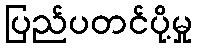
ပြည်ပတင်ပို့မှု